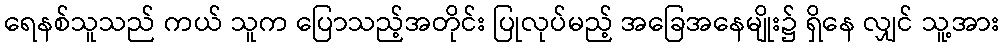
ရေနစ်သူသည် ကယ် သူက ပြောသည့်အတိုင်း ပြုလုပ်မည့် အခြေအနေမျိုး၌ ရှိနေ လျှင် သူ့အား